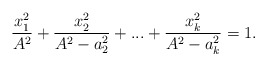
\begin{align*}\frac{x_1^2}{A^2}+\frac{x_2^2}{A^2-a_2^2}+...+\frac{x_k^2}{A^2-a_k^2}=1.\end{align*}